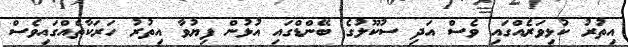
އިތުރު ކުޅިވަރެއްގައި ވެސް އަދި ސުކޫލުގެ ބޭންޑްގައި އުޅުން ފިޔުވާ އިތުރު ހަރަކާތެއްގައިވެސް